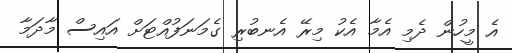
އެ މީހުން ދެމި އެމާ އެކު މިރޭ އެނބުރި ގެމަނަފުއްޓަށް އައިސް މާދަމާ